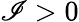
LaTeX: \mathscr{I}>0